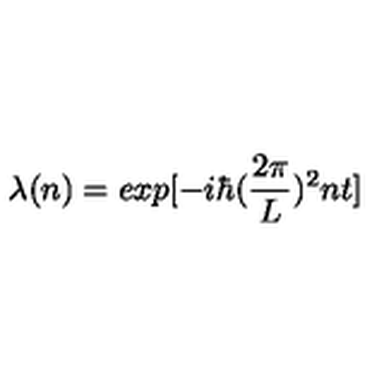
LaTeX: \lambda ( n ) = e x p [ - i \hbar ( { \frac { 2 \pi } { L } } ) ^ { 2 } n t ]